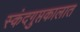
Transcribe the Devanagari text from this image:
स्कंदगुप्तकालात